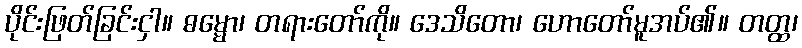
ပိုင်းဖြတ်ခြင်းငှါ။ ဓမ္မော၊ တရားတော်ကို။ ဒေသိတော၊ ဟောတော်မူအပ်၏။ တတ္ထ၊